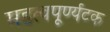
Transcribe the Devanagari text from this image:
महत्वपूर्ण्यटक